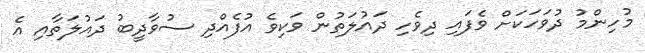
މުހިންމު ދުވަހަކަށް ވެފައި ދިވެހި ދައުލަތުން ވަކިވެ އުފެއްދި ސުވާދީބު ދައުލަތާއި އެ